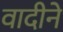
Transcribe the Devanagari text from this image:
वादीने